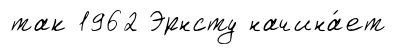
так 1962 Эрнсту начина́ет